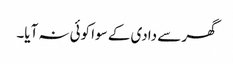
گھر سے دادی کے سوا کوئی نہ آیا۔